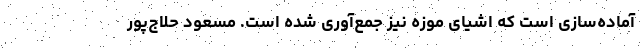
آماده‌سازی است که اشیای موزه نیز جمع‌آوری شده است. مسعود حلاج‌پور